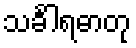
သင်္ခါရဓာတု